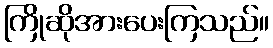
ကြိုဆိုအားပေးကြသည်။